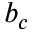
b _ { c }